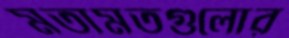
মতামতগুলোর